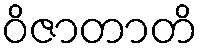
ဝိဇာတာတိ